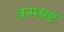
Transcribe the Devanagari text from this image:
क्रमभ्रष्ट